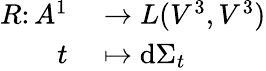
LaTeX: \begin{array}{rl}{R\colon A^{1}}&{{}\to L(V^{3},V^{3})}\\ {t}&{{}\mapsto\mathrm{d}\Sigma_{t}}\end{array}